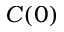
C ( 0 )